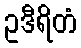
ဥဒီရိတံ